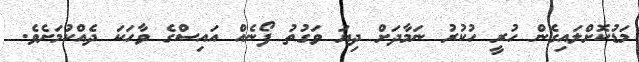
މަޑުކޮށްލައިގެން ހުރީ ހުކުރު ނަމާދަށް ދިޔަ ވަގުތު ފޯނެއް އައިސްގެ ވާހަކަ ދެއްކުމަށެވެ.